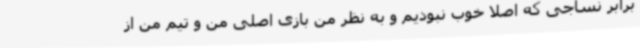
برابر نساجی که اصلا خوب نبودیم و به نظر من بازی اصلی من و تیم من از